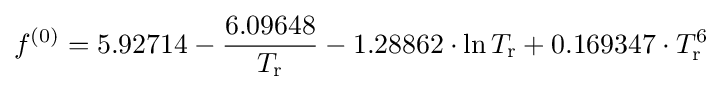
f^{(0)}=5.92714-{\frac {6.09648}{T_{\rm {r}}}}-1.28862\cdot \ln T_{\rm {r}}+0.169347\cdot T_{\rm {r}}^{6}